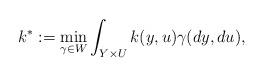
LaTeX: \begin{align*}k^*:= \min_{\gamma\in W}\int_{Y\times U}k(y,u)\gamma(dy,du),\end{align*}